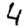
Digit: 4